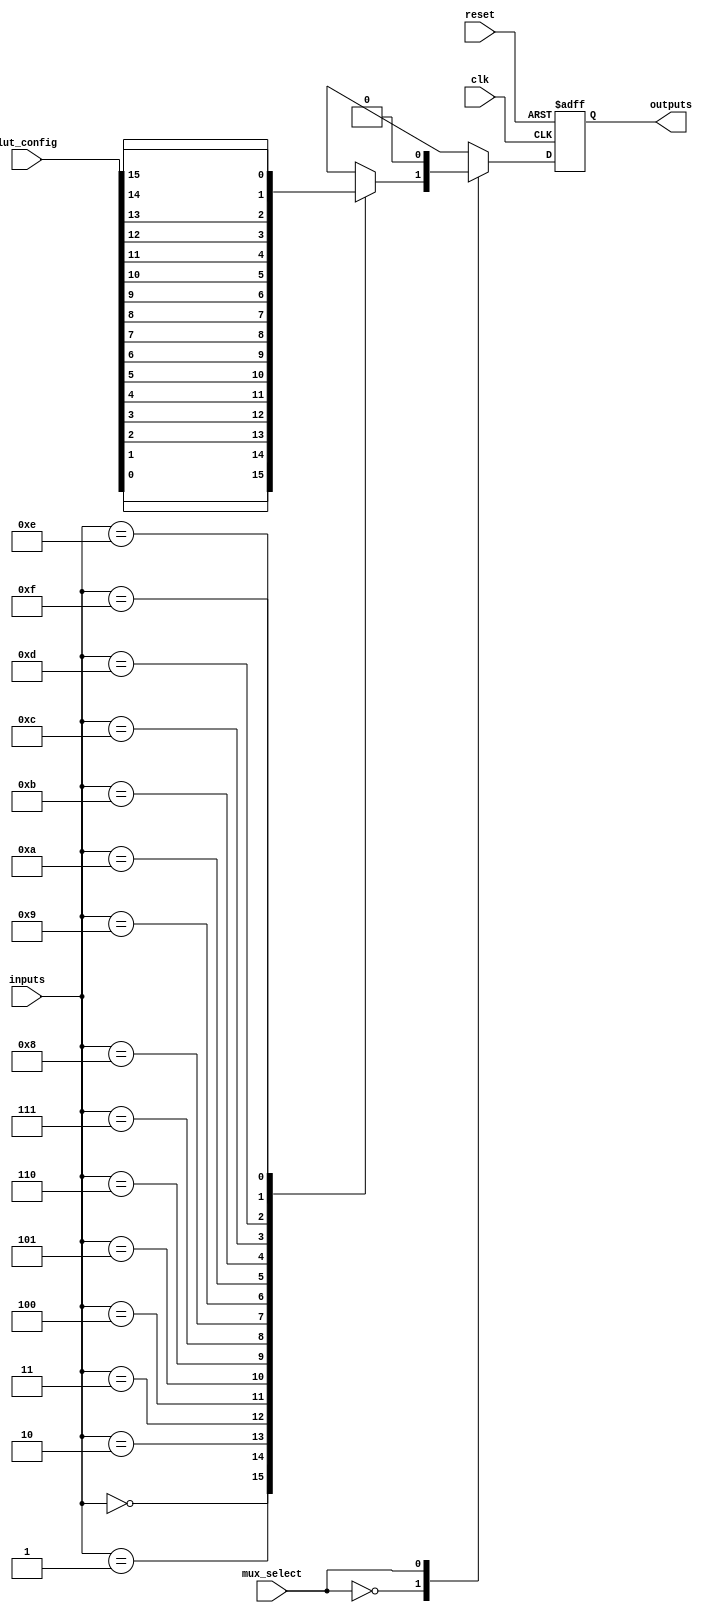
module CLB_PLD #(
    parameter NUM_INPUTS = 4, // Number of inputs
    parameter LUT_SIZE = 16,   // Size of LUT (2^NUM_INPUTS)
    parameter NUM_OUTPUTS = 1   // Number of outputs
)(
    input wire [NUM_INPUTS-1:0] inputs,            // Logic inputs
    input wire [LUT_SIZE-1:0] lut_config,           // LUT configuration
    input wire [NUM_OUTPUTS-1:0] mux_select,        // MUX selection signals
    input wire clk,                                  // Clock for flip-flop
    input wire reset,                                // Active high reset
    output reg [NUM_OUTPUTS-1:0] outputs            // Logic outputs
);

    // LUT (Lookup Table) implementation
    reg [NUM_OUTPUTS-1:0] lut_out;
    always @(*) begin
        // Address LUT based on inputs
        case (inputs)
            4'b0000: lut_out = lut_config[0];
            4'b0001: lut_out = lut_config[1];
            4'b0010: lut_out = lut_config[2];
            4'b0011: lut_out = lut_config[3];
            4'b0100: lut_out = lut_config[4];
            4'b0101: lut_out = lut_config[5];
            4'b0110: lut_out = lut_config[6];
            4'b0111: lut_out = lut_config[7];
            4'b1000: lut_out = lut_config[8];
            4'b1001: lut_out = lut_config[9];
            4'b1010: lut_out = lut_config[10];
            4'b1011: lut_out = lut_config[11];
            4'b1100: lut_out = lut_config[12];
            4'b1101: lut_out = lut_config[13];
            4'b1110: lut_out = lut_config[14];
            4'b1111: lut_out = lut_config[15];
            default: lut_out = 1'b0; // default case
        endcase
    end

    // MUX implementation
    reg [NUM_OUTPUTS-1:0] mux_out;
    always @(*) begin
        case (mux_select)
            1'b0: mux_out = lut_out; // Pass LUT output
            1'b1: mux_out = 1'b0;     // Example: Always zero (could be another source)
            default: mux_out = 1'b0;  // Default case
        endcase
    end

    // Flip-flop for output
    always @(posedge clk or posedge reset) begin
        if (reset) begin
            outputs <= 0;   // Reset outputs
        end else begin
            outputs <= mux_out; // Capture mux output on clock edge
        end
    end

endmodule